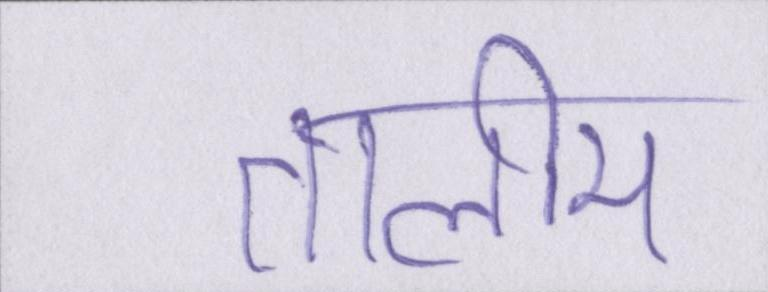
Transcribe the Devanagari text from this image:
तालीम